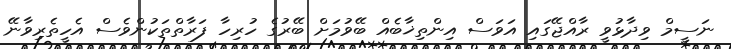
ނަސީމް ވިދާޅުވީ ރާއްޖޭގައި އަވަސް އިންތިޚާބެއް ބޭވުމަށް ބޭރުގެ ހުރިހާ ފަރާތްތަކުންވެސް އެހީތެރިވާނޭ